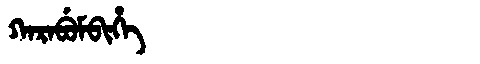
Manchu: ᡴᠠᡵᠠᠪᡠᠮᠪᡳᡥᡝ
Romanization: KARABUMBIHE